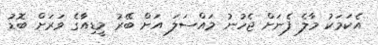
އެކަމަކު މާލެ ފެނަށް ޖެހުނު މައްސަލަ އަށް ބޭރު މީޑިއާގެ ވަރަށް ބޮޑު